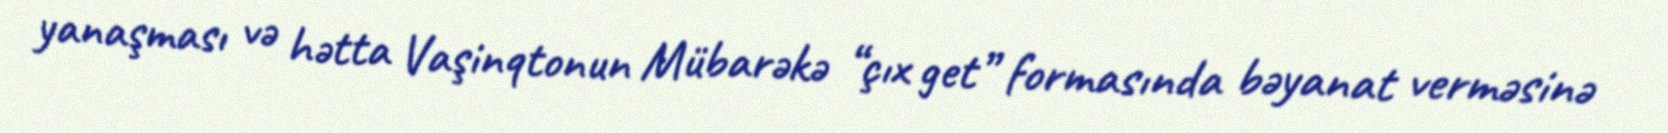
yanaşması və hətta Vaşinqtonun Mübarəkə “çıx get” formasında bəyanat verməsinə